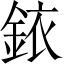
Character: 銥